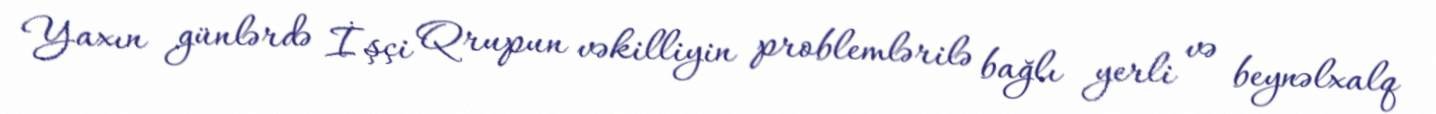
Yaxın günlərdə İşçi Qrupun vəkilliyin problemlərilə bağlı yerli və beynəlxalq